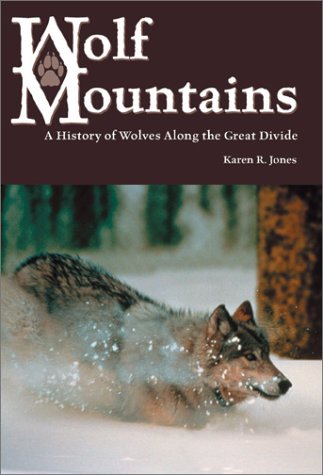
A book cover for Wolf Mountains: A History of Wolves Along the Great Divide; Karen R. Jones; Sports & Outdoors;